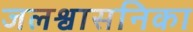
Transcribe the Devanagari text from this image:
जलश्वासनिका